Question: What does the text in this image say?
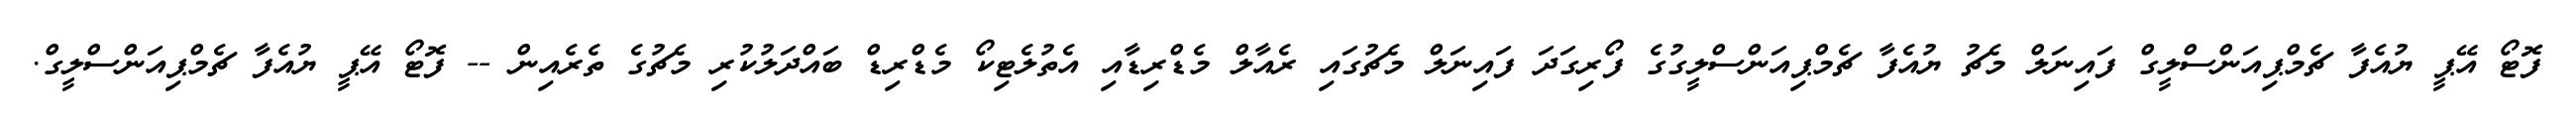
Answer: ފޮޓޯ އޭޕީ ޔުއެފާ ޗެމްޕިއަންސްލީގް ފައިނަލް މެޗު ޔުއެފާ ޗެމްޕިއަންސްލީގުގެ ފޯރިގަދަ ފައިނަލް މެޗުގައި ރެއާލް މެޑްރިޑާއި އެތުލެޓިކޯ މެޑްރިޑް ބައްދަލުކުރި މެޗުގެ ތެރެއިން -- ފޮޓޯ އޭޕީ ޔުއެފާ ޗެމްޕިއަންސްލީގް.